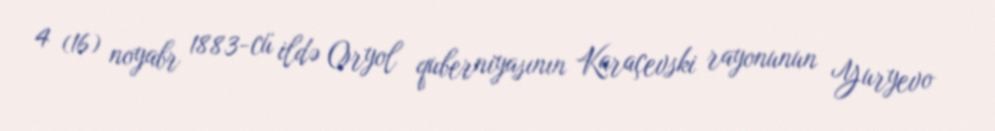
4 (16) noyabr 1883-cü ildə Oryol quberniyasının Karaçevski rayonunun Yuryevo